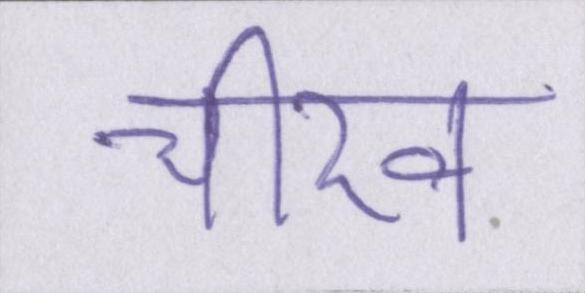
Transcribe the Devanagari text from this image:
चीख